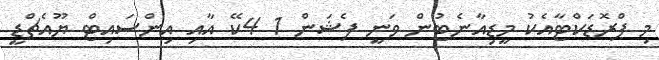
މި ޕްރޮޑަކްޓާއެކު މީޑިއާނެޓުން ވަނީ ފެޝަން 1 4ކޭ އާއި އިންސައިޓް ޔޫއެޗްޑީ